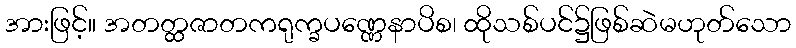
အားဖြင့်။ အတတ္ထဇာတကရုက္ခပဏ္ဏေနာပိစ၊ ထိုသစ်ပင်၌ဖြစ်ဆဲမဟုတ်သော